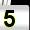
Digit: 5